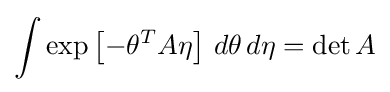
\int \exp \left[-\theta ^{T}A\eta \right]\,d\theta \,d\eta =\det A